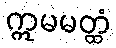
ဣမမတ္ထံ